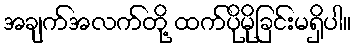
အချက်အလက်တို့ ထက်ပိုမိုခြင်းမရှိပါ။